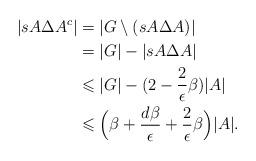
LaTeX: \begin{align*}|sA\Delta A^{c}| & = |G\setminus (sA\Delta A) | \\& = |G| - |sA\Delta A|\\& \leqslant |G| - (2-\frac{2}{\epsilon}\beta)|A|\\& \leqslant \Big(\beta+ \frac{ d\beta}{\epsilon} +\frac{2}{\epsilon}\beta\Big)|A|.\end{align*}